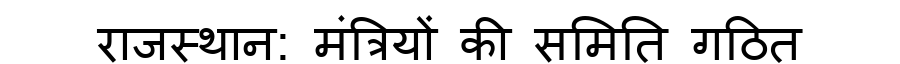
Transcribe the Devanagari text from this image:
राजस्थान: मंत्रियों की समिति गठित